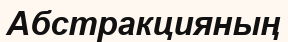
Абстракцияның